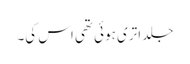
جلد اتری ہوئی تھی اس کی۔